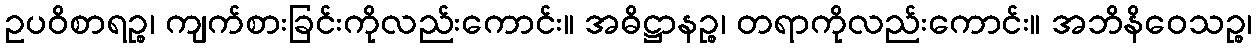
ဥပဝိစာရဉ္စ၊ ကျက်စားခြင်းကိုလည်းကောင်း။ အဓိဋ္ဌာနဉ္စ၊ တရာကိုလည်းကောင်း။ အဘိနိဝေသဉ္စ၊